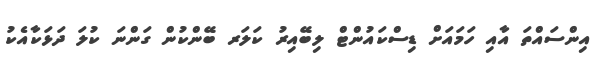
އިންސައްތަ އާއި ހަމައަށް ޑިސްކައުންޓް ލިބޭއިރު ކަލަރ ބޭންކުން ގަންނަ ކުލަ ދަޅަކާއެކު